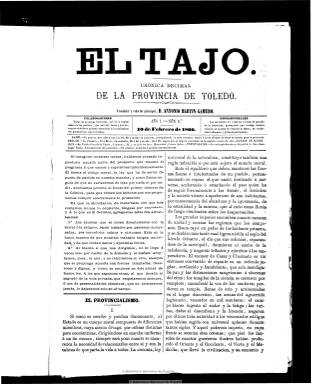
Título: El Tajo (Toledo. 1866)
Colección: Periódicos
Ámbito geográfico: Toledo
Lugar de publicación: Toledo
Fechas: 10/02/1866-28/12/1867

Publicación fundada por el autor de Historia de la ciudad de Toledo (1862) y cronista oficial Antonio Martín-Gamero y González, que también aparecerá como su redactor principal, y en la que colabora un nutrido número de literatos y publicistas o élite cultural de la provincia, contando asimismo con corresponsales en las principales cabeceras de partido, entre los que se encuentran Julián Castellano y Velasco, Gabriel Bueno, Juan Antonio Gallardo o Nicolás Magán.

A partir del diez de febrero de 1866 aparece en números de dieciséis páginas, para compensar las suscripciones que habían comenzado en el mes de enero, para después estabilizarse en las ocho páginas. Compuesto a dos columnas, su aparición es decenal y el subtítulo reza “crónica decimal de la provincia de Toledo”.

Se trata de una publicación de información general dedicada a los intereses materiales de la provincia, que contiene editoriales y artículos que versan sobre el fomento y desarrollo en asuntos como las comunicaciones, agricultura, industria o enseñanza, o en cuestiones como la desamortización, hacienda, estadística, etc. Cuenta con secciones fijas, como parte oficial (legislación), crónicas provinciales (noticias varias, de teatros, toros, culto religioso, nombramientos de cargos públicos, defunciones, etc.) y mosaico científico y literario, con textos de creación literaria, entre estos los poéticos. Asimismo da cabida a los anuncios publicitarios en la última plana.

A partir de 1867 se compone a tres columnas y reduce su número de páginas por número, generalmente, a cuatro y su frecuencia, a semanal, apareciendo primero los domingos, y a partir de agosto de ese año, los sábados. También reparte algunos suplementos, de dos páginas. Introduce un folletín en los faldones de las primeras páginas, una sección con el santoral y efemérides, como calendario histórico, agrícola y administrativo, y ofrece los precios de los productos de los mercados de la provincia. Destacan también los artículos de arte sobre monumentos toledanos.

Su editor responsable es Julián López Fando y Acosta, siendo estampado en la imprenta de su familia. El último número de la colección corresponde al 28 de diciembre de 1867.